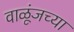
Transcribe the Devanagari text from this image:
वाळूंजच्या